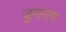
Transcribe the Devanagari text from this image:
जुमारागा